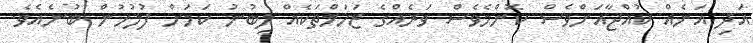
އަދި އަނެއް ކުއްޖާއަށްވެސް ކޮންމެވެސް ވަރެއްގެ ޒަހަމްތަކެއް ލިބުނު ކަމަށް ފުލުހުން ބުނެއެވެ.